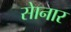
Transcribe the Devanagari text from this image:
साेनार